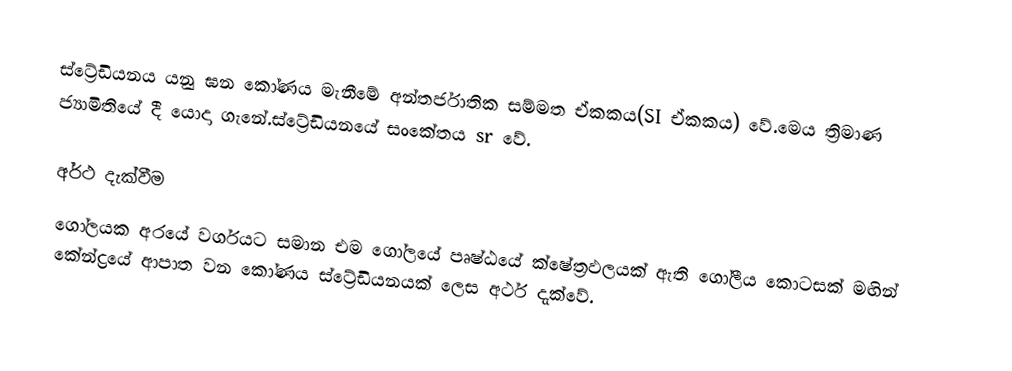
ස්ට්‍රේඩියනය යනු ඝන කෝණය මැනීමේ අන්තර්ජාතික සම්මත ඒකකය(SI ඒකකය) වේ.මෙය ත්‍රිමාණ ජ්‍යාමිතියේ දී යොදා ගැනේ.ස්ට්‍රේඩියනයේ සංකේතය sr වේ.

අර්ථ දැක්වීම
ගෝලයක අරයේ වර්ගයට සමාන එම ගෝලයේ පෘෂ්ඨයේ ක්ෂේත්‍රඵලයක් ඇති ගෝලීය කොටසක් මඟින් කේන්ද්‍රයේ ආපාත වන කෝණය ස්ට්‍රේඩියනයක් ලෙස අර්ථ දැක්වේ.